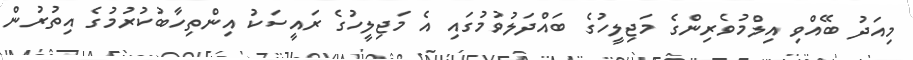
މިއަދު ބޭއްވި އިލްމުވެރިންގެ މަޖިލީހުގެ ބައްދަލުވުމުގައި އެ މަޖިލީހުގެ ރައީސަކު އިންތިހާބުކުރުމުގެ އިތުރުން